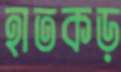
হাতকড়